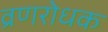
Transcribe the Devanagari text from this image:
व्रणरोधक